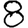
Digit: 8